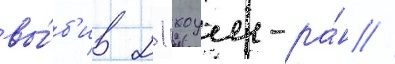
вы́б'ив 21 хоум-ра́н //